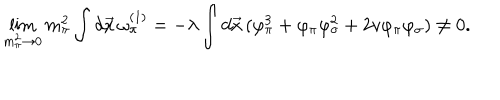
\lim _ { m _ { \pi } ^ { 2 } \rightarrow 0 } m _ { \pi } ^ { 2 } \int d \vec { x } \, \omega _ { \pi } ^ { ( 1 ) } = - \lambda \int d \vec { x } \, ( \varphi _ { \pi } ^ { 3 } + \varphi _ { \pi } \varphi _ { \sigma } ^ { 2 } + 2 v \varphi _ { \pi } \varphi _ { \sigma } ) \ne 0 .